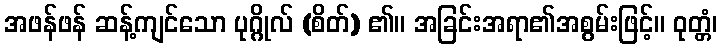
အဖန်ဖန် ဆန့်ကျင်သော ပုဂ္ဂိုလ် (စိတ်) ၏။ အခြင်းအရာ၏အစွမ်းဖြင့်။ ဝုတ္တံ၊